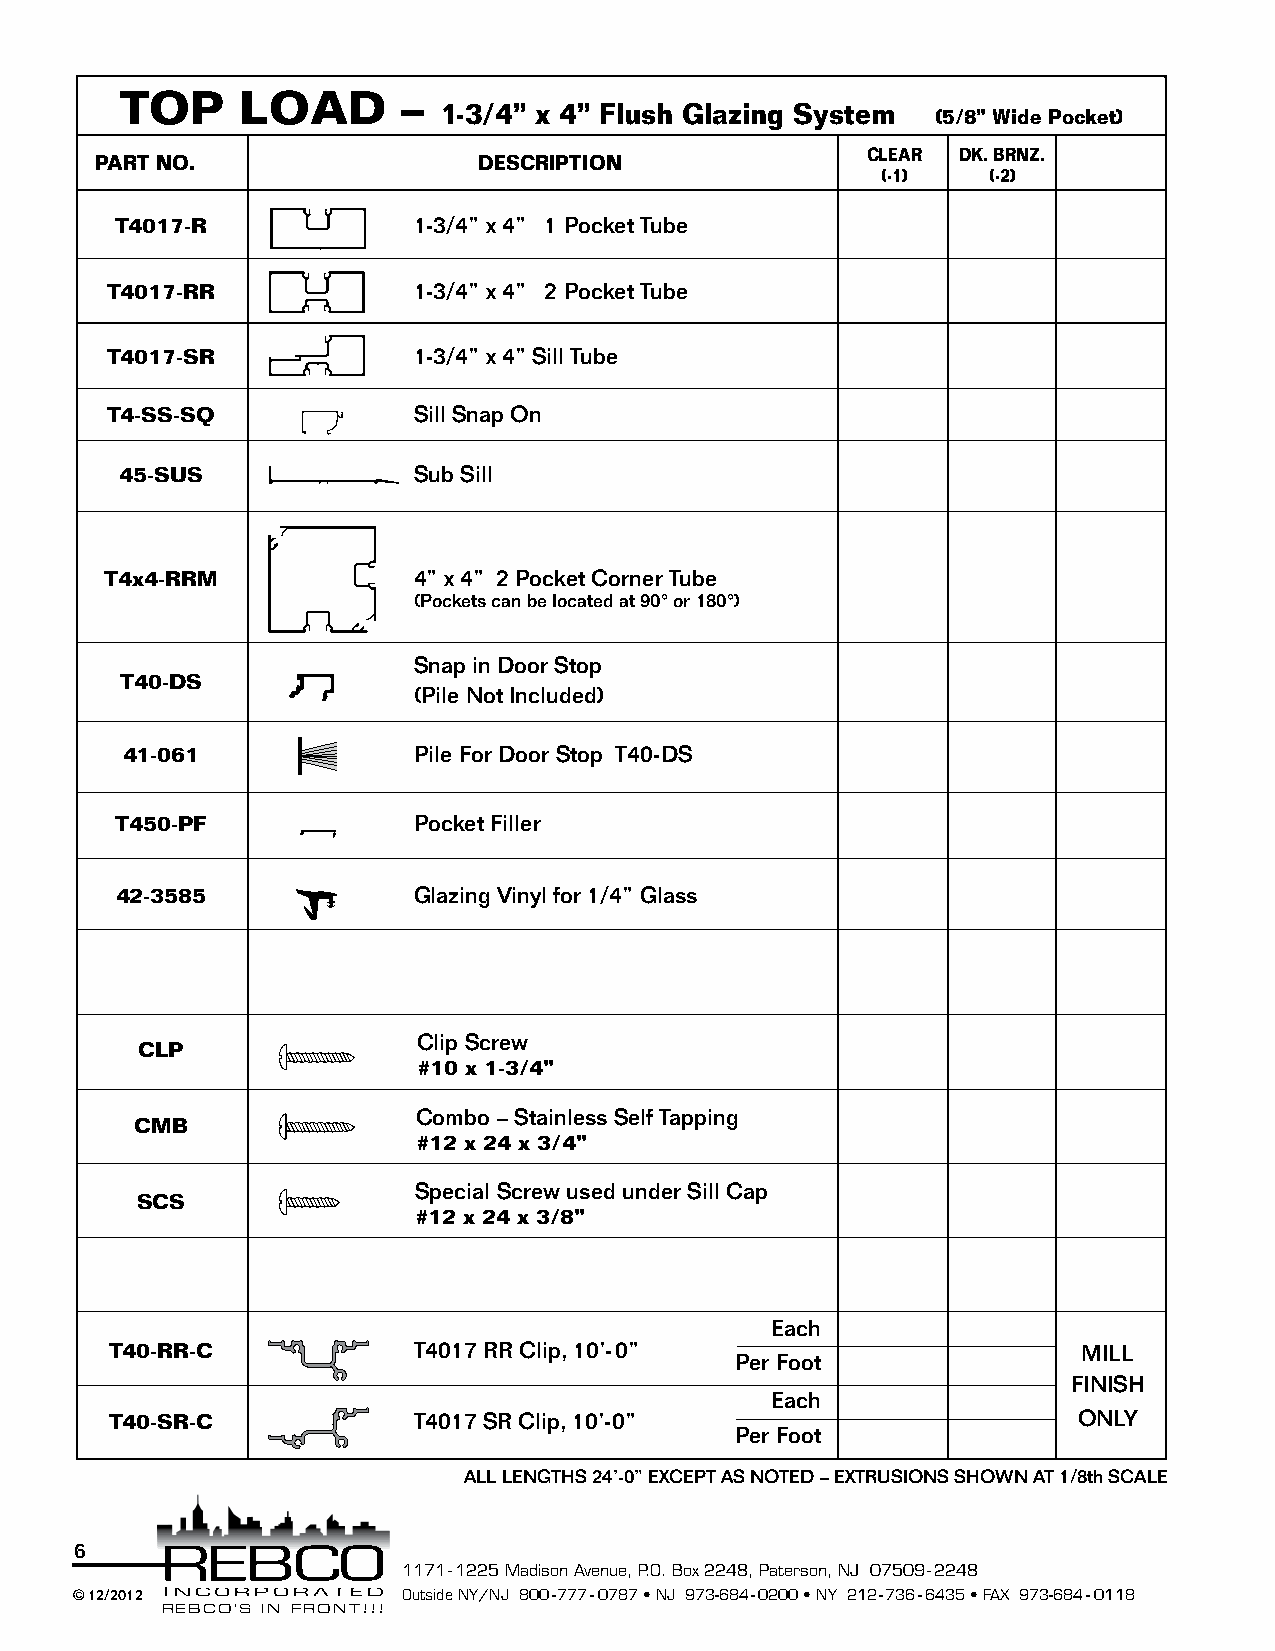
TOP     LOAD       –
 1-3/4” x 4” Flush Glazing System
 (5/8” Wide Pocket)
 CLEAR  DK. BRNZ.
 PART NO.                  DESCRIPTION
 (-1)   (-2)
 T4017-R            1-3/4” x 4” 1 Pocket Tube
 T4017-RR            1-3/4” x 4” 2 Pocket Tube
 T4017-SR            1-3/4” x 4” Sill Tube
 T4-SS-SQ            Sill Snap On
 45-SUS             Sub Sill
 T4x4-RRM            4” x 4” 2 Pocket Corner Tube
 (Pockets can be located at 90° or 180°)
 Snap in Door Stop
 T40-DS
 (Pile Not Included)
 41-061             Pile For Door Stop T40-DS
 T450-PF            Pocket Filler
 42-3585            Glazing Vinyl for 1/4” Glass
 Clip Screw
 CLP
 #10 x 1-3/4”
 Combo – Stainless Self Tapping
 CMB
 #12 x 24 x 3/4”
 Special Screw used under Sill Cap
 SCS
 #12 x 24 x 3/8”
 Each
 T40-RR-C            T4017 RR Clip, 10’-0”                        MILL
 Per Foot
 FINISH
 Each
 T40-SR-C            T4017 SR Clip, 10’-0”                       ONLY
 Per Foot
 ALL LENGTHS 24’-0” EXCEPT AS NOTED – EXTRUSIONS SHOWN AT 1/8th SCALE
 6
 1171 - 1225 Madison Avenue, P.O. Box 2248, Paterson, NJ 07509 - 2248
 © 12/2012             Outside NY/NJ 800-777-0787 • NJ 973-684-0200 • NY 212-736-6435 • FAX 973-684-0118
 REBCO’S IN FRONT!!!